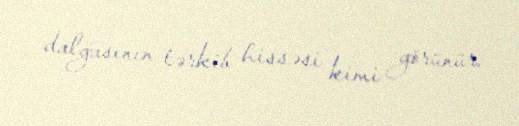
dalğasının tərkib hissəsi kimi görünür.